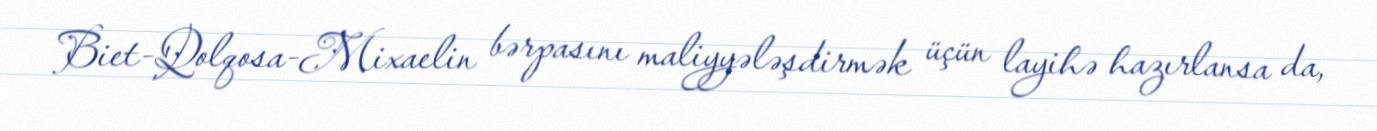
Biet-Qolqosa-Mixaelin bərpasını maliyyələşdirmək üçün layihə hazırlansa da,